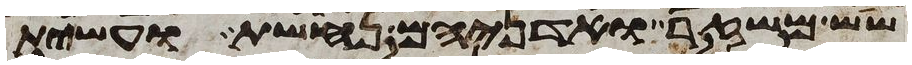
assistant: שש משזר ואדניהם נחשת ועשית